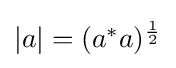
{\textstyle |a|=(a^{*}a)^{\frac {1}{2}}}